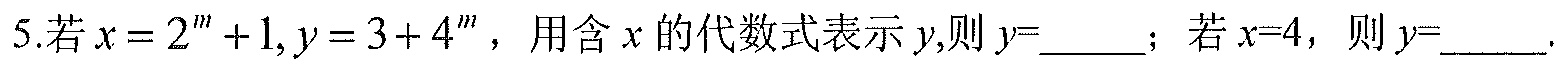
5.若\(x = 2^{m}+1,y = 3 + 4^{m}\)，用含\(x\)的代数式表示\(y\)，则\(y=\underline{\quad\quad}\)；若\(x = 4\)，则\(y=\underline{\quad\quad}\).